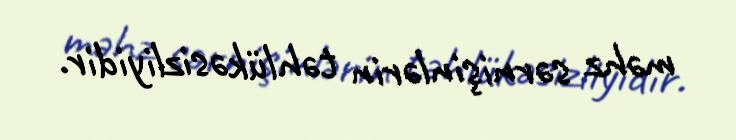
məhz sərnişinlərin təhlükəsizliyidir.